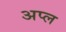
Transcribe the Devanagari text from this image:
अप्ल